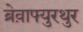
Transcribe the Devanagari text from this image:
ब्रेव़ाफ्युरथुर